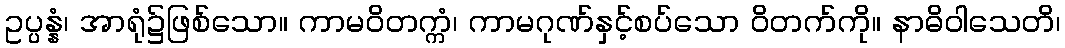
ဥပ္ပန္နံ၊ အာရုံ၌ဖြစ်သော။ ကာမဝိတက္ကံ၊ ကာမဂုဏ်နှင့်စပ်သော ဝိတက်ကို။ နာဓိဝါသေတိ၊